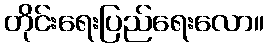
တိုင်းရေးပြည်ရေးလော။